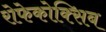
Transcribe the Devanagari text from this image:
रोफेकोक्सिब